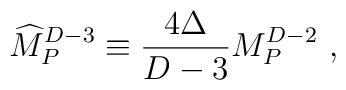
{\widehat M}_P^{D-3}\equiv {4\Delta\over{D-3}}M_P^{D-2}~,